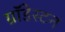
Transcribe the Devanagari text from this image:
ग्रॉंडेस्टन